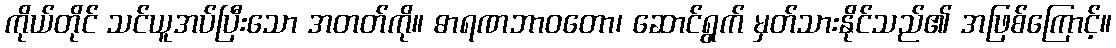
ကိုယ်တိုင် သင်ယူအပ်ပြီးသော အတတ်ကို။ ဓာရဏဘာဝတော၊ ဆောင်ရွက် မှတ်သားနိုင်သည်၏ အဖြစ်ကြောင့်။